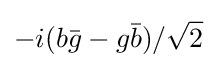
-i(b{\bar {g}}-g{\bar {b}})/{\sqrt {2}}